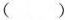
（）